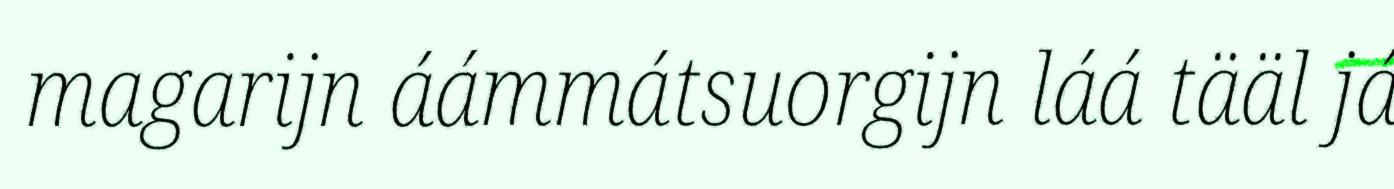
magarijn áámmátsuorgijn láá tääl já